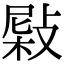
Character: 𢾂